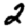
Digit: 2